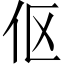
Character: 伛